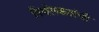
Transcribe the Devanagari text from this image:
निर्मलकरांची